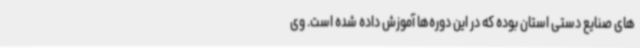
های صنایع دستی استان بوده که در این دوره‌ها آموزش داده شده است. وی